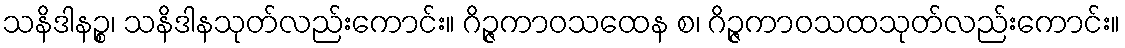
သနိဒါနဉ္စ၊ သနိဒါနသုတ်လည်းကောင်း။ ဂိဉ္ဇကာဝသထေန စ၊ ဂိဉ္ဇကာဝသထသုတ်လည်းကောင်း။